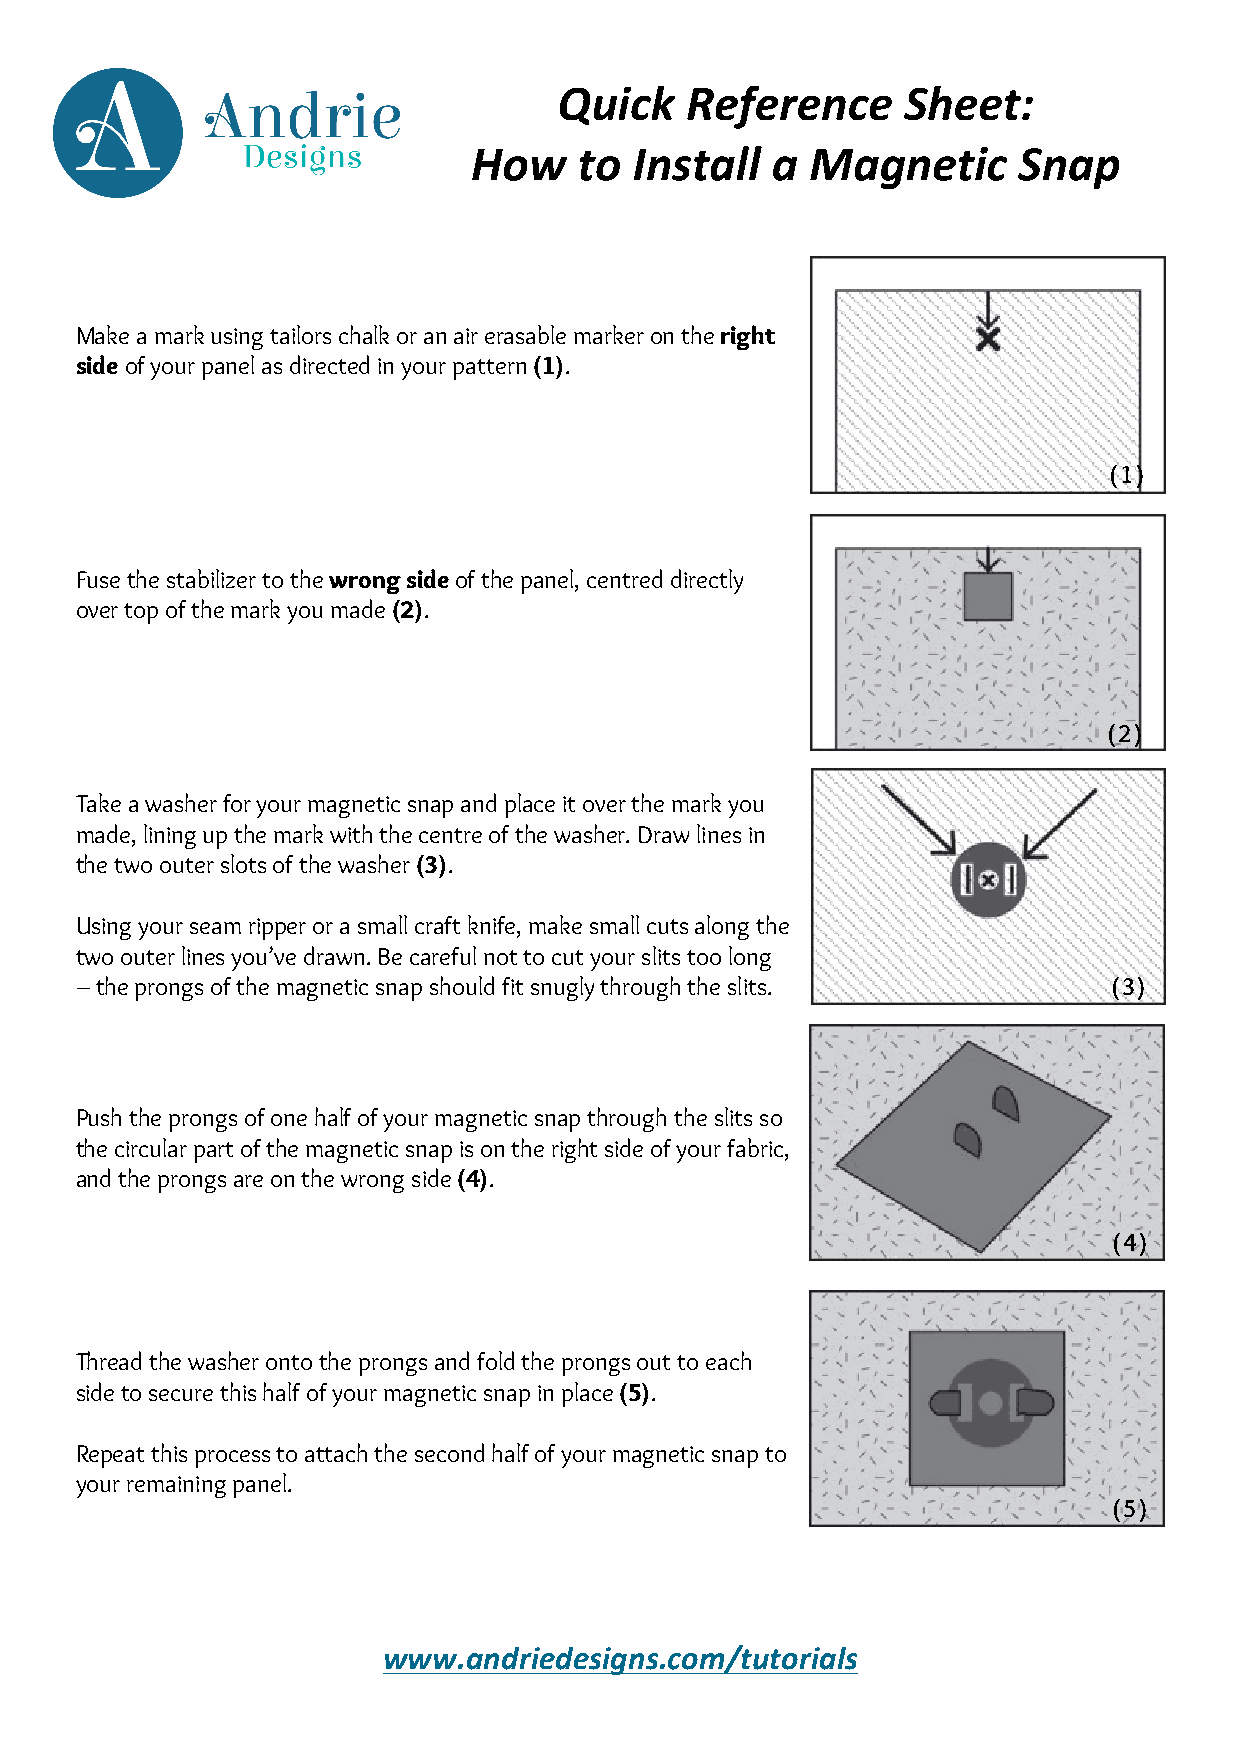
Quick   Reference      Sheet:
 How    to  Install  a  Magnetic     Snap
 Make a mark using tailors chalk or an air erasable marker on the right
 side of your panel as directed in your pattern (1).
 (1)
 Fuse the stabilizer to the wrong side of the panel, centred directly
 over top of the mark you made (2).
 (2)
 Take a washer for your magnetic snap and place it over the mark you
 made, lining up the mark with the centre of the washer. Draw lines in
 the two outer slots of the washer (3).
 Using your seam ripper or a small craft knife, make small cuts along the
 two outer lines you’ve drawn. Be careful not to cut your slits too long
 – the prongs of the magnetic snap should fit snugly through the slits. (3)
 Push the prongs of one half of your magnetic snap through the slits so
 the circular part of the magnetic snap is on the right side of your fabric,
 and the prongs are on the wrong side (4).
 (4)
 Thread the washer onto the prongs and fold the prongs out to each
 side to secure this half of your magnetic snap in place (5).
 Repeat this process to attach the second half of your magnetic snap to
 your remaining panel.
 (5)
 www.andriedesigns.com/tutorials